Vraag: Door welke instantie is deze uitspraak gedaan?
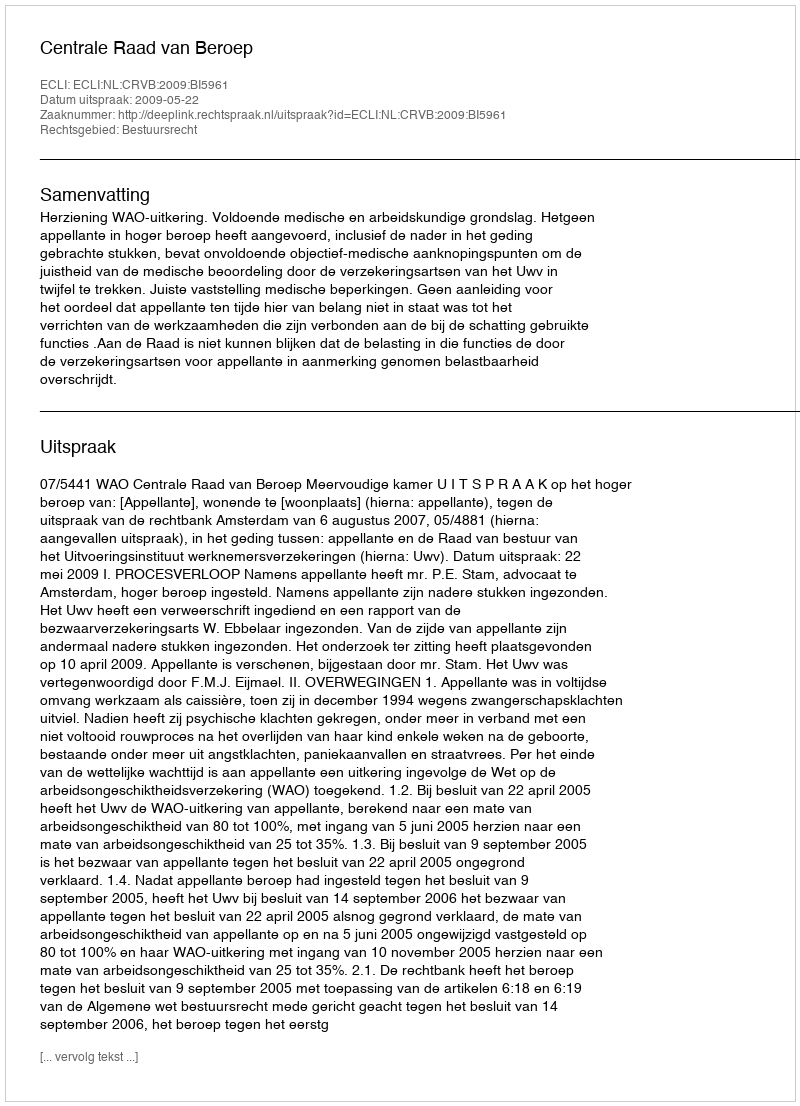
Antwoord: Centrale Raad van Beroep